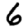
Digit: 6